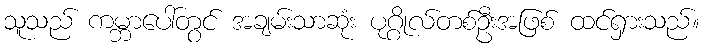
သူသည် ကမ္ဘာပေါ်တွင် အချမ်းသာဆုံး ပုဂ္ဂိုလ်တစ်ဦးအဖြစ် ထင်ရှားသည်။